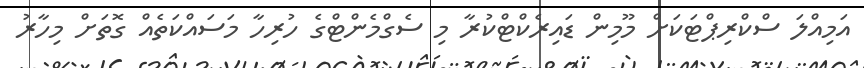
އަމިއްލަ ސްކްރިޕްޓަކަށް މޫމިން ޑައިރެކްޓްކުރާ މި ސެގްމެންޓްގެ ހުރިހާ މަސައްކަތެއް ގޮތަށް މިހާރު